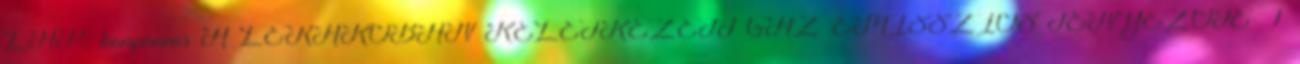
LAP: komponens A LERAKÓBAN KELETKEZETT GÁZ EMISSZIÓS TÉNYEZŐJE 1